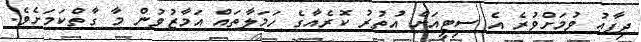
ދިފާޢު ވުމަށްވުރެ އެ ސިޓީއަށް އުތުރު ކޮރެއާގެ ހަމަލާތައް އަމާޒުވުން މާ ގާތްކަމަށެވެ.